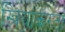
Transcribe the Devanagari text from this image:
स्त्रियांकरता